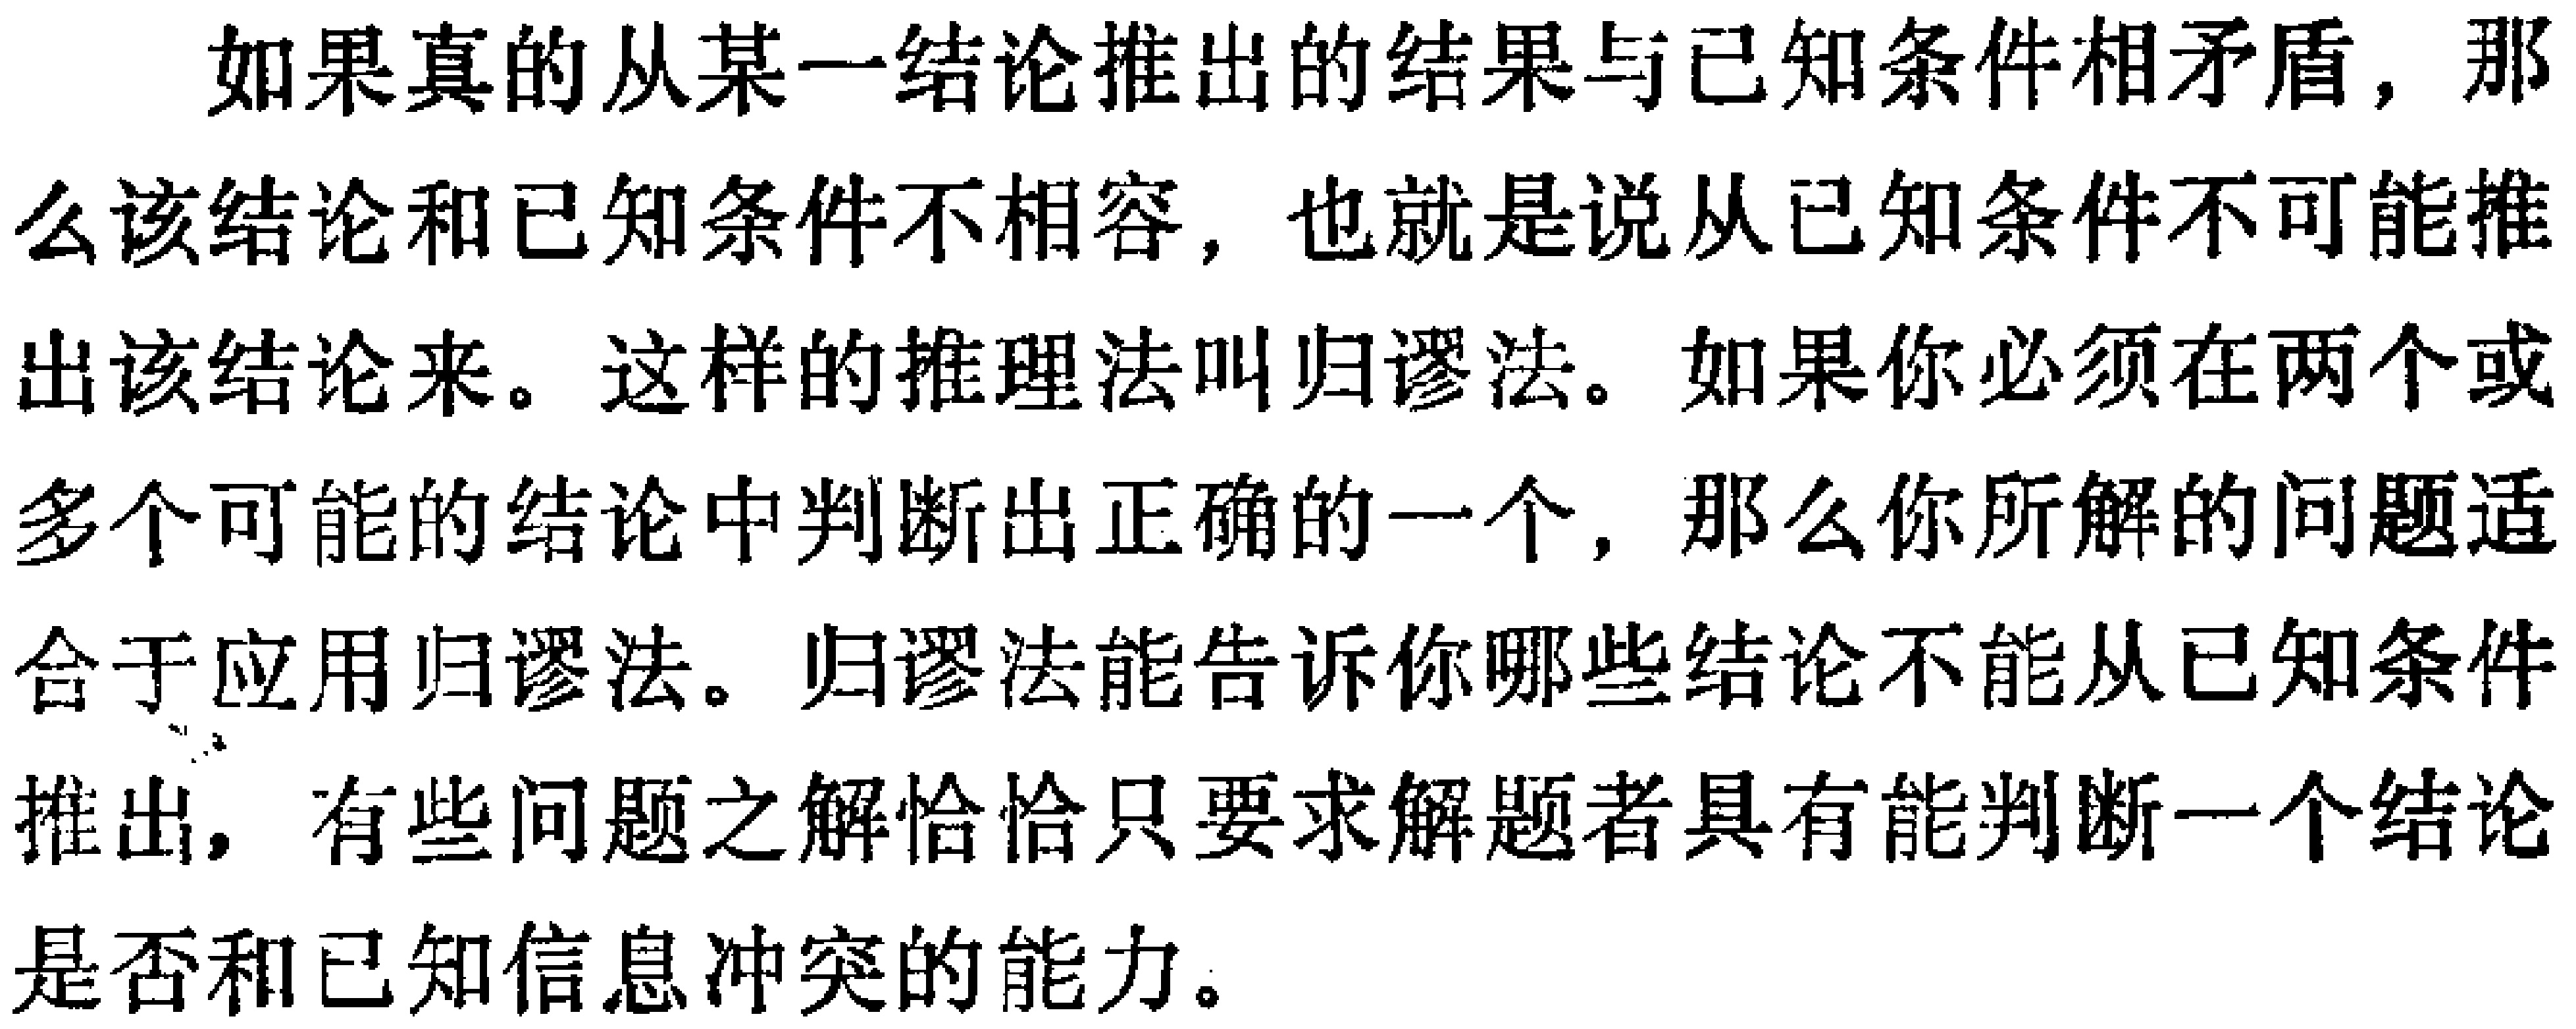
如果真的从某一结论推出的结果与已知条件相矛盾，那么该结论和已知条件不相容，也就是说从已知条件不可能推出该结论来。这样的推理法叫归谬法。如果你必须在两个或多个可能的结论中判断出正确的一个，那么你所解的问题适合于应用归谬法。归谬法能告诉你哪些结论不能从已知条件推出，有些问题之解恰恰只要求解题者具有能判断一个结论是否和已知信息冲突的能力。